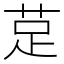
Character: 莡